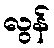
လွန်